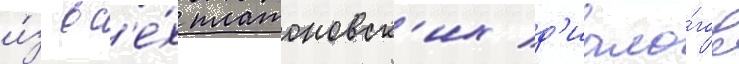
и́з вс'е́х платоновск'их д'иало́гов